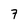
Character: 7